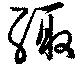
緅